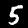
Digit: 5